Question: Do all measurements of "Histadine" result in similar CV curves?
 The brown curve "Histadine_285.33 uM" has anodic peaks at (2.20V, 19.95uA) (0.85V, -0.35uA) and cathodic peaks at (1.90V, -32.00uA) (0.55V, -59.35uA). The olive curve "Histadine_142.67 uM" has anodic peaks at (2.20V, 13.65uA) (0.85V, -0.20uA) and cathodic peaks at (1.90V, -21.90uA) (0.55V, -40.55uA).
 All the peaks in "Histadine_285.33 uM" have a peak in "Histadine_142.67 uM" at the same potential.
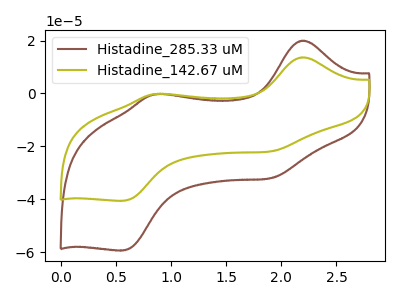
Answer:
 <answer>All the CV's of "Histadine" have similar shape.</answer>
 <eval>follow_rule</eval>